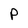
Character: p